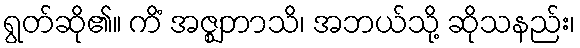
ရွတ်ဆို၏။ ကိံ အဇ္ဈဘာသိ၊ အဘယ်သို့ ဆိုသနည်း၊